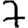
Digit: 7